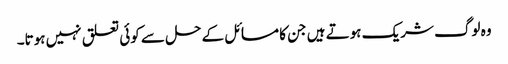
وہ لوگ شریک ہوتے ہیں جن کا مسائل کے حل سے کوئی تعلق نہیں ہوتا۔